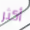
أكثر